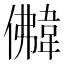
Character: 𩎵